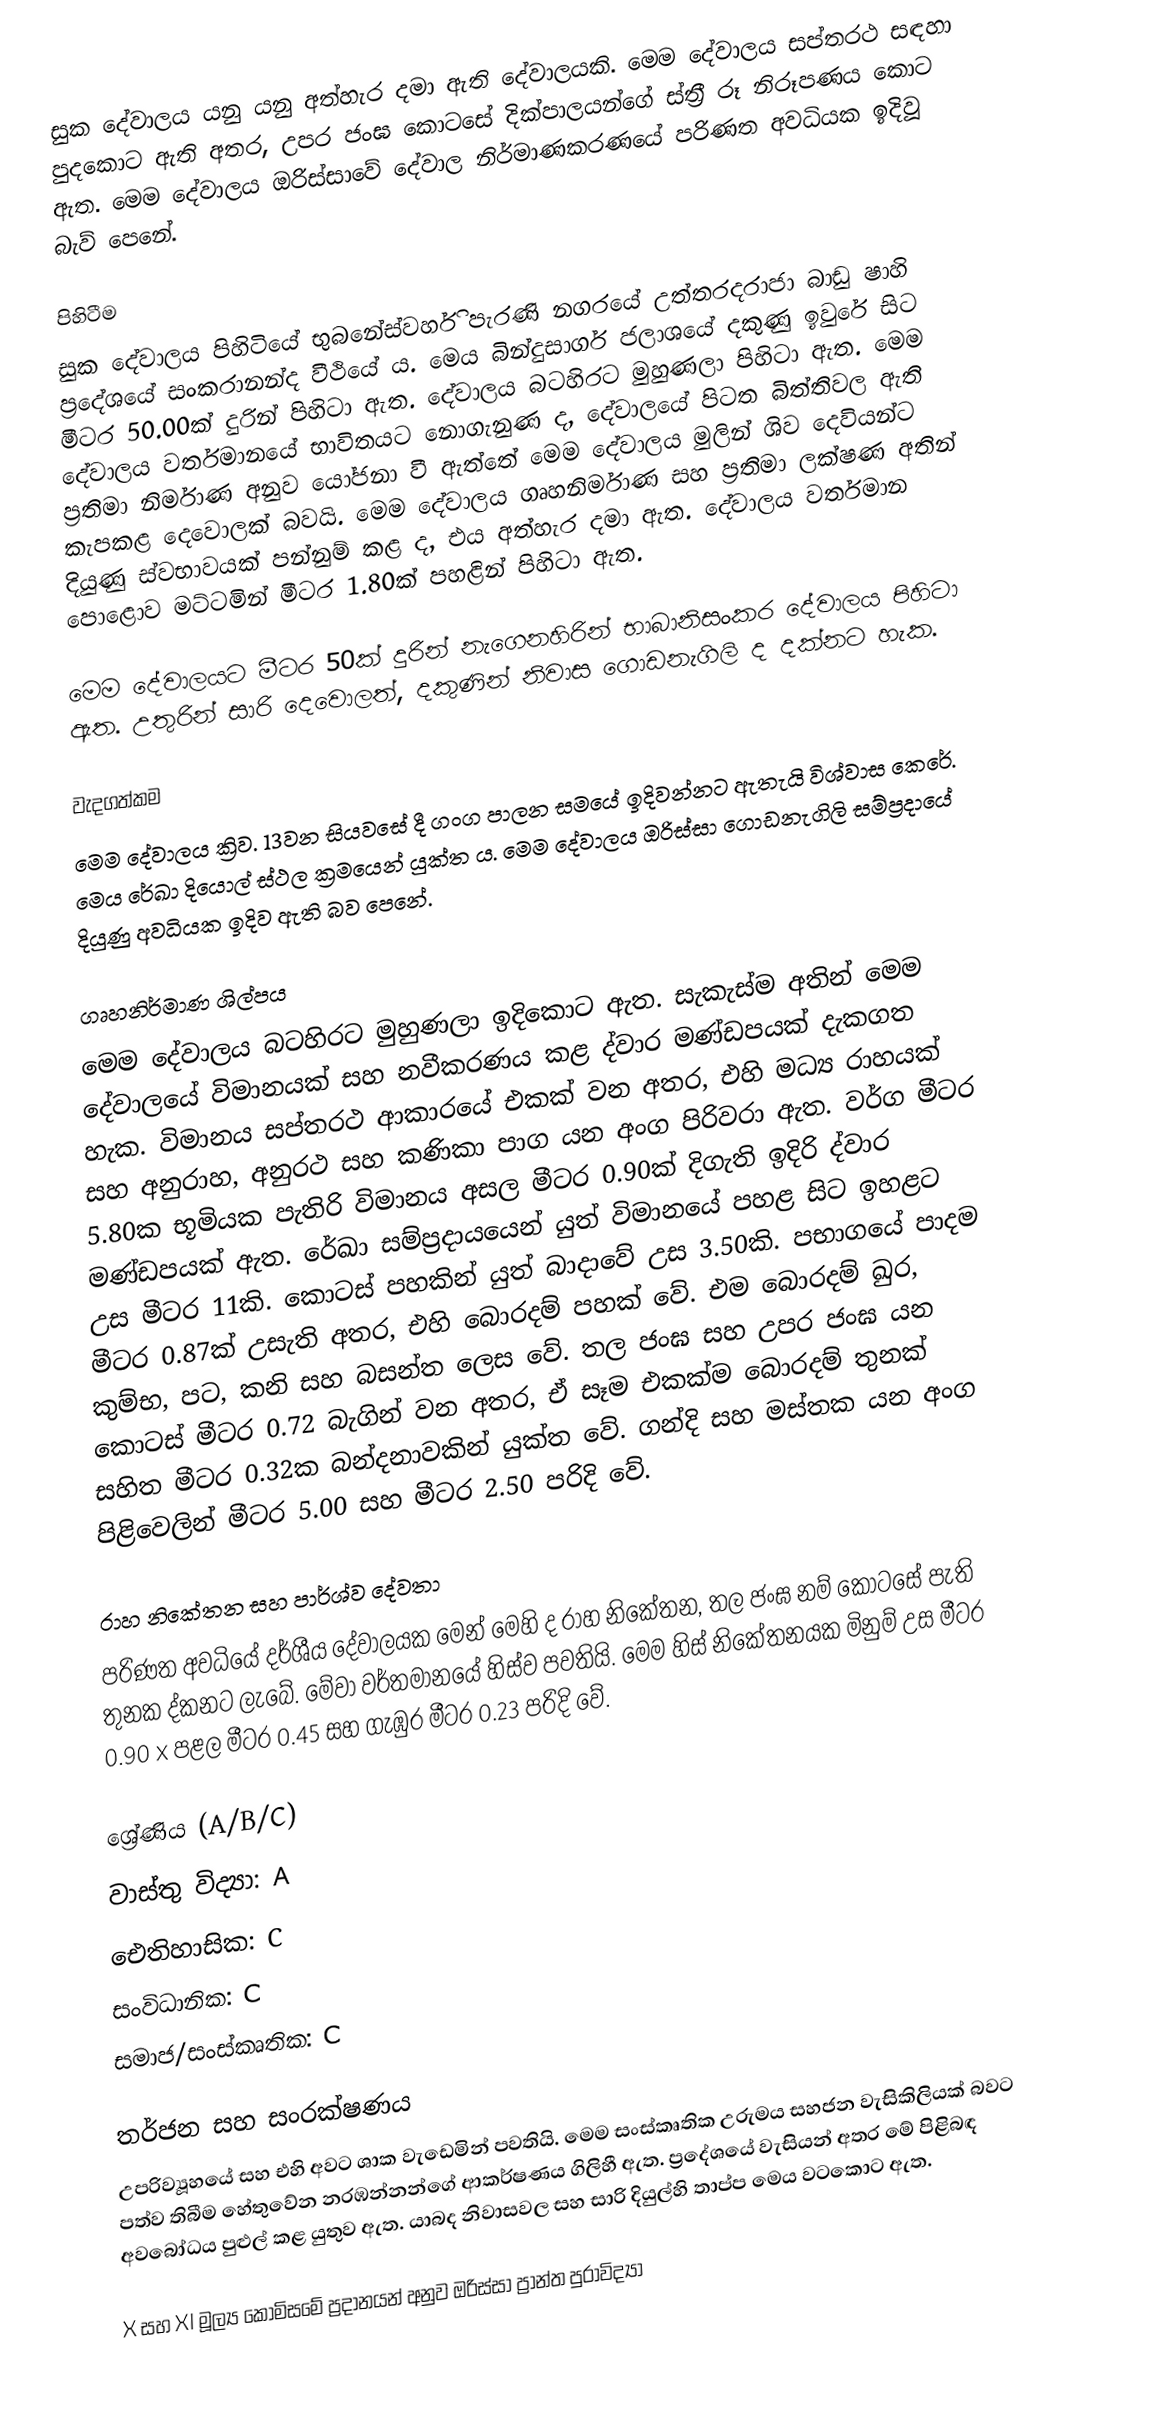
සුක දේවාලය යනු යනු අත්හැර දමා ඇති දේවාලයකි. මෙම දේවාලය සප්තරථ සඳහා පුදකොට ඇති අතර, උපර ජංඝ කොටසේ දික්පාලයන්ගේ ස්ත්‍රී රූ නිරූපණය කොට ඇත. මෙම දේවාලය ඔරිස්සාවේ දේවාල නිර්මාණකරණයේ පරිණත අවධියක ඉදිවූ බැව් පෙනේ.

පිහිටීම
සුක දේවාලය පිහිටියේ භුබනේස්වර්හි පැරණි නගරයේ උත්තරදරාජා බාඩු ෂාහි ප්‍රදේශයේ සංකරානන්ද වීථියේ ය. මෙය බින්දුසාගර් ජලාශයේ දකුණු ඉවුරේ සිට මීටර 50.00ක් දුරින් පිහිටා ඇත. දේවාලය බටහිරට මුහුණලා පිහිටා ඇත. මෙම දේවාලය වර්තමාන‍යේ භාවිතයට නොගැනුණ ද, දේවාලයේ පිටත බිත්තිවල ඇති ප්‍රතිමා නිර්මාණ අනුව යෝජනා වී ඇත්තේ මෙම දේවාලය මුලින් ශිව දෙවියන්ට කැපකළ දෙවොලක් බවයි. මෙම දේවාලය ගෘහනිර්මාණ සහ ප්‍රතිමා ලක්ෂණ අතින් දියුණු ස්වභාවයක් පන්නුම් කළ ද, එය අත්හැර දමා ඇත. දේවාලය වර්තමාන පොළොව මට්ටමින් මීටර 1.80ක් පහළින් පිහිටා ඇත.

මෙම දේවාලයට මීටර 50ක් දුරින් නැගෙනහිරින් භාබානිසංකර දේවාලය පිහිටා ඇත. උතුරින් සාරි දෙවොලත්, දකුණින් නිවාස ගොඩනැගිලි ද දක්නට හැක.

වැදගත්කම
මෙම දේවාලය ක්‍රිව. 13වන සියවසේ දී ගංග පාලන සමයේ ඉදිවන්නට ඇතැයි විශ්වාස කෙරේ. මෙය රේඛා දියොල් ස්ථල ක්‍රමයෙන් යුක්ත ය. මෙම දේවාලය ඔරිස්සා ගොඩනැගිලි සම්ප්‍රදායේ දියුණු අවධියක ඉදිව ඇති බව පෙනේ.

ගෘහනිර්මාණ ශිල්පය
මෙම දේවාලය බටහිරට මුහුණලා ඉදිකොට ඇත. සැකැස්ම අතින් මෙම දේවාලයේ විමානයක් සහ නවීකරණය කළ ද්වාර මණ්ඩපයක් දැකගත හැක. විමානය සප්තරථ ආකාරයේ එකක් වන අතර, එහි මධ්‍ය රාහයක් සහ අනුරාහ, අනුරථ සහ කණිකා පාග යන අංග පිරිවරා ඇත. වර්ග මීටර 5.80ක භූමියක පැතිරි විමානය අසල මීටර 0.90ක් දිගැති ඉදිරි ද්වාර මණ්ඩපයක් ඇත. රේඛා සම්ප්‍රදායයෙන් යුත් විමානයේ පහළ සිට ඉහළට උස මීටර 11කි. කොටස් පහකින් යුත් බාදාවේ උස 3.50කි. පභාගයේ පාදම මීටර 0.87ක් උසැති අතර, එහි බොරදම් පහක් වේ. එම බොරදම් ඛුර, කුම්භ, පට, කනි සහ බසන්ත ලෙස වේ. තල ජංඝ සහ උපර ජංඝ යන කොටස් මීටර 0.72 බැගින් වන අතර, ඒ සෑම එකක්ම බොරදම් තුනක් සහිත මීටර 0.32ක බන්දනාවකින් යුක්ත වේ. ගන්දි සහ මස්තක යන අංග පිළිවෙලින් මීටර 5.00 සහ මීටර 2.50 පරිදි වේ.

රාහ නිකේතන සහ පාර්ශ්ව දේවතා
පරිණත අවධියේ දර්ශීය දේවාලයක මෙන් මෙහි ද රාහ නිකේතන, තල ජංඝ නම් කොටසේ පැති තුනක ද්කනට ලැබේ. මේවා වර්තමානයේ හිස්ව පවතියි. මෙම හිස් නිකේතනයක මිනුම් උස මීටර 0.90 x පළල මීටර 0.45 සහ ගැඹුර මීටර 0.23 පරිදි වේ.

ශ්‍රේණිය (A/B/C)
 වාස්තු විද්‍යා: A
 ඓතිහාසික: C
 සංවිධානික: C
 සමාජ/සංස්කෘතික: C

තර්ජන සහ සංරක්ෂණය
උපරිව්‍යූහයේ සහ එහි අවට ශාක වැඩෙමින් පවතියි. මෙම සංස්කෘතික උරුමය සහජන වැසිකිලියක් බවට පත්ව තිබීම හේතුවේන නරඹන්නන්ගේ ආකර්ෂණය ගිලිහී ඇත. ප්‍රදේශයේ වැසියන් අතර මේ පිළිබඳ අවබෝධය පුළුල් කළ යුතුව ඇත. යාබද නිවාසවල සහ සාරි දියුල්හි තාප්ප මෙය වටකොට ඇත.

X සහ XI මූල්‍ය කොමිසමේ ප්‍රදානයන් අනුව ඔරිස්සා ප්‍රාන්ත පුරාවිද්‍යා